Medical and sanitary report of the native army of Madras for the year
Year: 1875
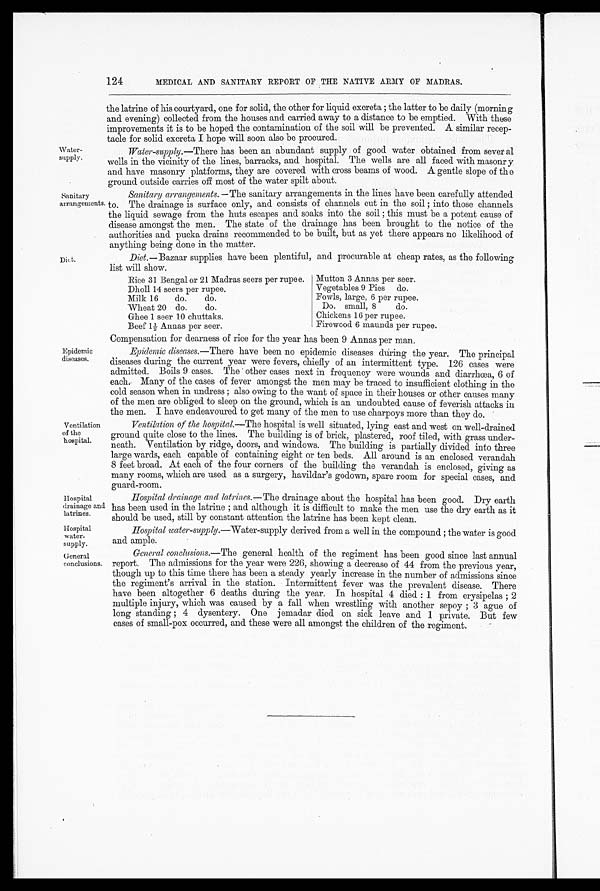
Hospital
drainage and
latrines.
Hospital
water-
supply.
General
conclusions.
Water-
supply.
124
MEDICAL AND SANITARY REPORT OF THE NATIVE ARMY OF MADRAS.
the latrine of his courtyard, one for solid, the other for liquid excreta ; the latter to be daily (morning
and evening) collected from the houses and carried away to a distance to be emptied. With these
improvements it is to be hoped the contamination of the soil will be prevented. A similar
r e c e p t e c l e f o r s o l i d e x c r e t a I h o p e w i l l s o o n a l s o b e p r o c u r e d .
Water-supply.—There has been an abundant supply of good water obtained from sever al
wells in the vicinity of the lines, barracks, and hospital. The wells are all faced with masonry
and have masonry platforms, they are covered with cross beams of wood. A gentle slope of the
ground outside carries off most of the water spilt about.
sanitary
arrangements.
Diet.
Sanitary arrangements.— The sanitary arrangements in the lines have been carefully attended
to. The drainage is surface only, and consists of channels cut in the soil ; into those channels
the liquid sewage from the huts escapes and soaks into the soil ; this must be a potent cause of
disease amongst the men. The state of the drainage has been brought to the notice of the
authorities and pucka drains recommended to be built, but as yet there appears no likelihood of
anything being done in the matter.
Diet.— Bazaar supplies have been plentiful, and procurable at cheap rates, as the following
list will show.
Rice 31 Bengal or 21 Madras seers per rupee.
Dholl 14 seers per rupee.
Milk 16
do.
do.
Wheat 20 do.
do.
Ghee 1 seer 10 chuttaks.
B e e f 1 1 / 2 An n a s p e r s e e r .
Mutton 3 Annas per seer.
Vegetables 9 Pies do.
Fowls, large, 6 per rupee.
Do. small, 8 do.
Chickens 16 per rupee.
Firewood 6 maunds per rupee.
Epidemic
diseases.
Ventilation
of the
hospital.
Compensation for dearness of rice for the year has been 9 Annas per man.
Epidemic diseases.— There have been no epidemic diseases during the year. The principal
diseases during the current year were fevers, chiefly of an intermittent type. 126 cases were
admitted. Boils 9 cases. The other cases next in frequency were wounds and diarrhœa, 6 of
each. Many of the cases of fever amongst the men may be traced to insufficient clothing in the
cold season when in undress ; also owing to the want of space in their houses or other causes many
of the men are obliged to sleep on the ground, which is an undoubted cause of feverish attacks in
the men. I have endeavoured to get many of the men to use charpoys more than they do.
Ventilation of the hospital.—The hospital is well situated, lying east and west on well-drained
ground quite close to the lines. The building is of brick, plastered, roof tiled, with grass under-
neath. Ventilation by ridge, doors, and windows. The building is partially divided into three
large wards, each capable of containing eight or ten beds. All around is an enclosed verandah
8 feet broad. At each of the four corners of the building the verandah is enclosed, giving as
many rooms, which are used as a surgery, havildar's godown, spare room for special cases, and
guard-room.
Hospital drainage and latrines.— The drainage about the hospital has been good. Dry earth
has been used in the latrine ; and although it is difficult to make the men use the dry earth as it
should be used, still by constant attention the latrine has been kept clean.
Hospital water-supply.—Water-supply derived from a well in the compound ; the water is good
and ample.
General conclusions.—The general health of the regiment has been good since last annual
report. The admissions for the year were 226, showing a decrease of 44 from the previous year,
though up to this time there has been a steady yearly increase in the number of admissions since
the regiment's arrival in the station. Intermittent fever was the prevalent disease. There
have been altogether 6 deaths during the year. In hospital 4 died : 1 from erysipelas ; 2
multiple injury, which was caused by a fall when wrestling with another sepoy ; 3 ague of
long standing ; 4 dysentery. One jemadar died on sick leave and 1 private. But few
cases of small-pox occurred, and these were all amongst the children of the regiment.